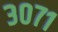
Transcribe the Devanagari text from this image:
३०७१